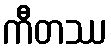
ကီတဿ